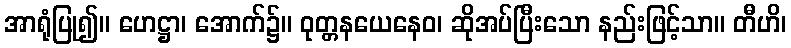
အာရုံပြု၍။ ဟေဋ္ဌာ၊ အောက်၌။ ဝုတ္တနယေနေဝ၊ ဆိုအပ်ပြီးသော နည်းဖြင့်သာ။ တီဟိ၊